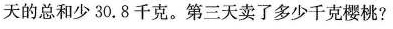
天的总和少30.8千克。第三天卖了多少千克樱桃?